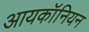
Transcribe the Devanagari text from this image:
आयकॉनियन